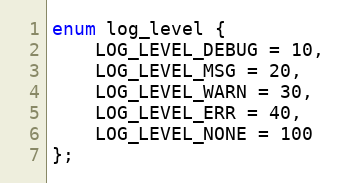
Language: C
enum log_level {
    LOG_LEVEL_DEBUG = 10,
    LOG_LEVEL_MSG = 20,
    LOG_LEVEL_WARN = 30,
    LOG_LEVEL_ERR = 40,
    LOG_LEVEL_NONE = 100
};